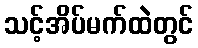
သင့်အိပ်မက်ထဲတွင်